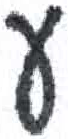
אות: ע